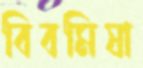
বিবমিষা